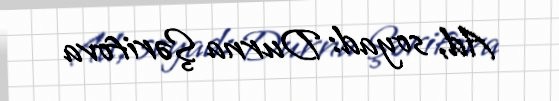
Ad, soyad: Durna Şərifova